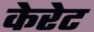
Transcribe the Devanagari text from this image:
केरेट